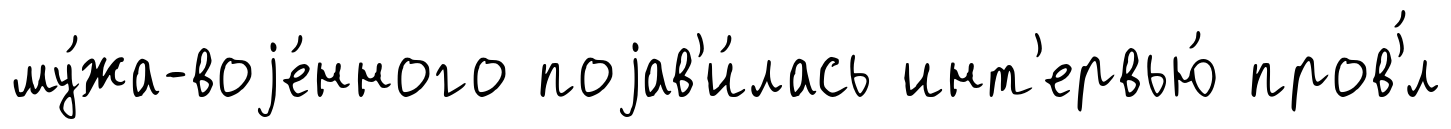
му́жа-воjе́нного поjав'и́лась инт'ервью́ пров'́л